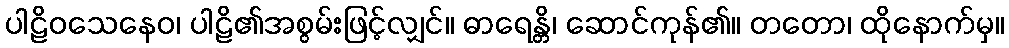
ပါဠိဝသေနေဝ၊ ပါဠိ၏အစွမ်းဖြင့်လျှင်။ ဓာရေန္တိ၊ ဆောင်ကုန်၏။ တတော၊ ထိုနောက်မှ။